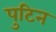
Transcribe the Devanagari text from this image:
पुटिन